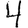
Digit: 4